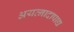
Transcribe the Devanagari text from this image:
अयत्नादापाद्य